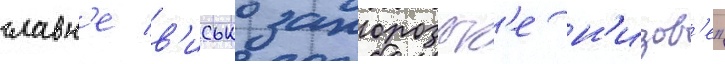
славн'е в'исько запорозьк'е н'изов'е"